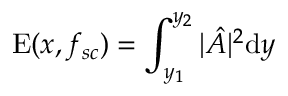
\mathrm { E } ( x , f _ { s c } ) = \int _ { y _ { 1 } } ^ { y _ { 2 } } | \hat { A } | ^ { 2 } \mathrm { d } y